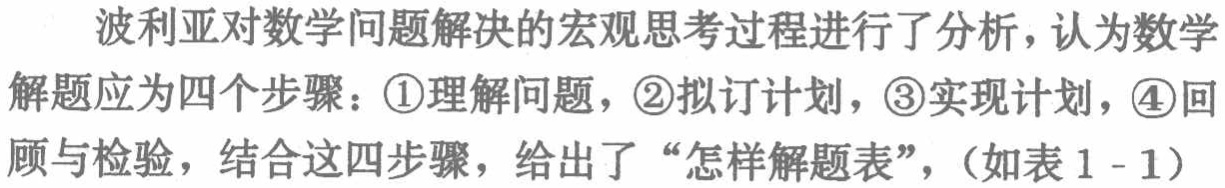
波利亚对数学问题解决的宏观思考过程进行了分析，认为数学解题应为四个步骤：\textcircled{1}理解问题，\textcircled{2}拟订计划，\textcircled{3}实现计划，\textcircled{4}回顾与检验，结合这四步骤，给出了“怎样解题表”，（如表1 - 1）